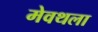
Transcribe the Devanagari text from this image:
मेवथला